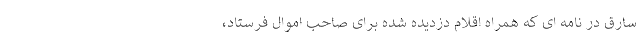
سارق در نامه ای که همراه اقلام دزدیده شده برای صاحب اموال فرستاد،